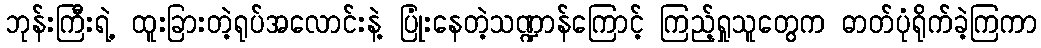
ဘုန်းကြီးရဲ့ ထူးခြားတဲ့ရုပ်အလောင်းနဲ့ ပြုံးနေတဲ့သဏ္ဍာန်ကြောင့် ကြည့်ရှုသူတွေက ဓာတ်ပုံရိုက်ခဲ့ကြကာ